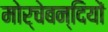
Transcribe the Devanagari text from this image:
मोर्चेबन्दियों